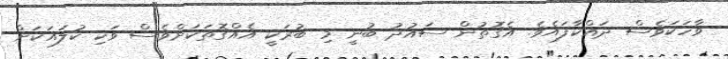
ވާހަކަވެސް ދައްކާފައެވެ. އެގޮތުން ސައުދު ބުނީ މި ބުރަކީ އެއްގޮތަކަށްވެސް ވަކި ކުލައަކަށް